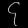
Digit: ၄